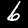
Label: 6